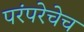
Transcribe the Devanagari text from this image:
परंपरेचेच